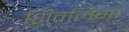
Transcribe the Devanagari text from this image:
शिवलिंगा